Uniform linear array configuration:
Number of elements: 24
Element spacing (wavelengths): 0.75
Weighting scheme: hamming
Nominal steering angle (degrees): -30
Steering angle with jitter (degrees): -29.573
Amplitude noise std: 0.05
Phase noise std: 0.05

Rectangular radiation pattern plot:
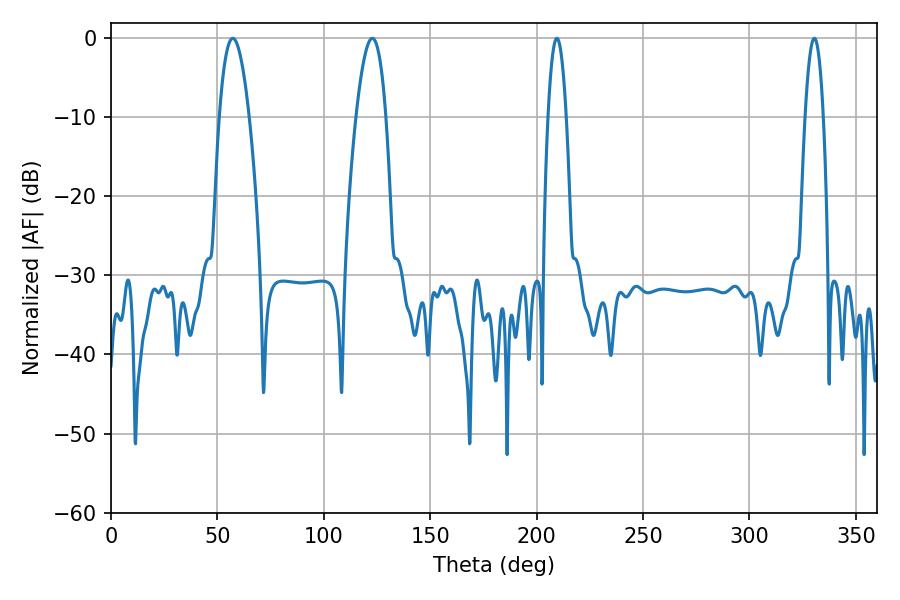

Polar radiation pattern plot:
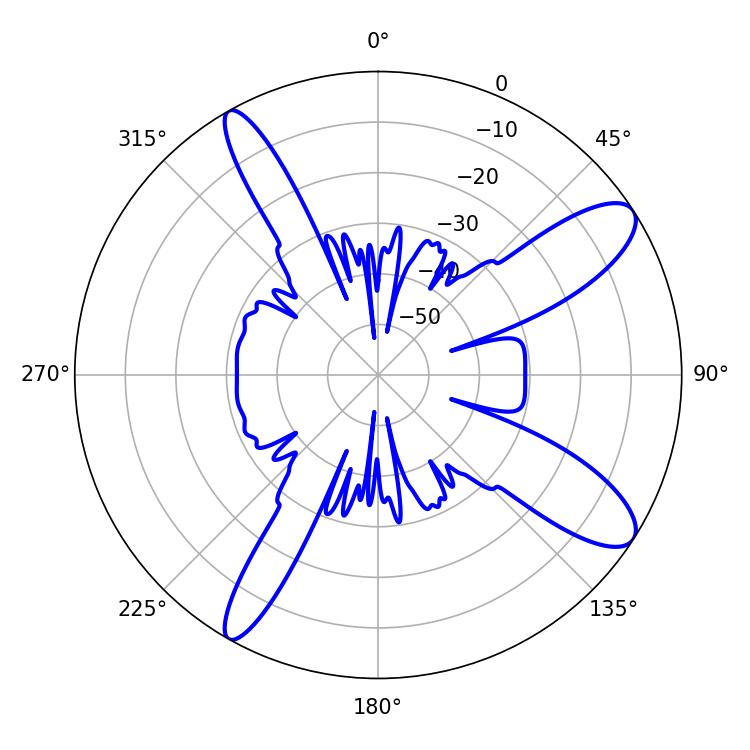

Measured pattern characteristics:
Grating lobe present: TRUE
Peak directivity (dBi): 11.065
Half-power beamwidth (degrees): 4.68
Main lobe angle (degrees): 209.52